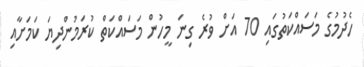
ހެދުމުގެ މަސައްކަތުގައި 70 އަށް ވުރެ ގިނަ މީހުން މަސައްކަތް ކުރަމުންދިޔަ ކަމަށާއި